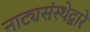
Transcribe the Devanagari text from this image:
नाट्यसंस्थेद्वारे